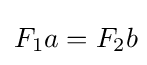
F_{1}a=F_{2}b\!